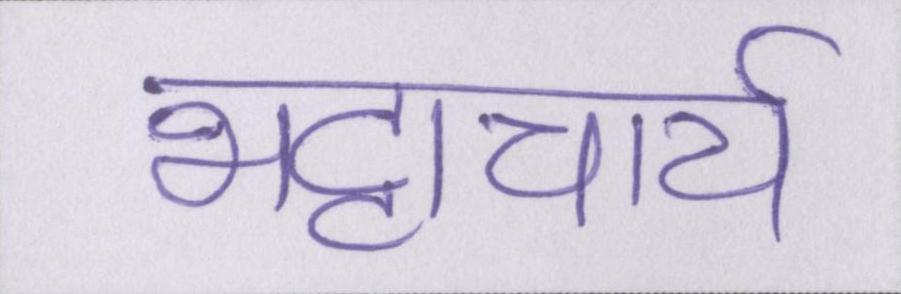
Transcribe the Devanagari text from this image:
भट्टाचार्य